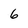
Character: 6